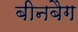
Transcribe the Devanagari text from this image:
बीनबैग